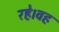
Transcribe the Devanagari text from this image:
रहे।वह